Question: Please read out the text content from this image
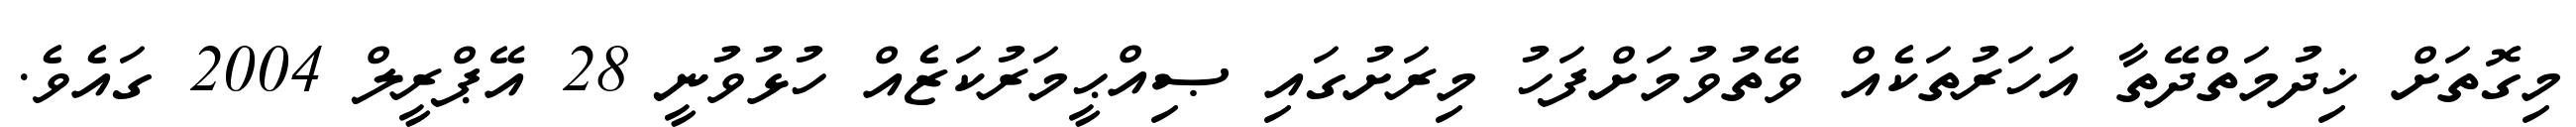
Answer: މިގޮތަށް ޚިދުމަތްދޭތާ އަހަރުތަކެއް ވޭތުވުމަށްފަހު މިރަށުގައި ޞިއްޙީމަރުކަޒެއް ހުޅުވުނީ 28 އޭޕްރީލް 2004 ގައެވެ.